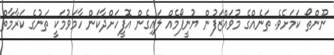
ނޫންތޯ ކަމަށެވެ. ތަނެއްގެ މުވައްޒަފުން ޔުނީފޯމެއް ލައިގެން އޮފީހަށްދާކަން ހާމަވުމަކީ ތަނުގެ ކަރާމާތް